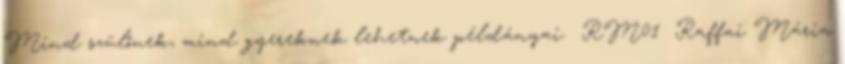
Mind szülőnek, mind gyereknek lehetnek példányai. RM01 Raffai Mária